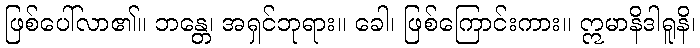
ဖြစ်ပေါ်လာ၏။ ဘန္တေ၊ အရှင်ဘုရား။ ခေါ၊ ဖြစ်ကြောင်းကား။ ဣမာနိဒါရူနိ၊